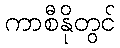
ကာစီနိုတွင်